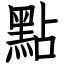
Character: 點